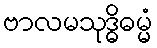
ဗာလမသုဒ္ဓိဓမ္မံ